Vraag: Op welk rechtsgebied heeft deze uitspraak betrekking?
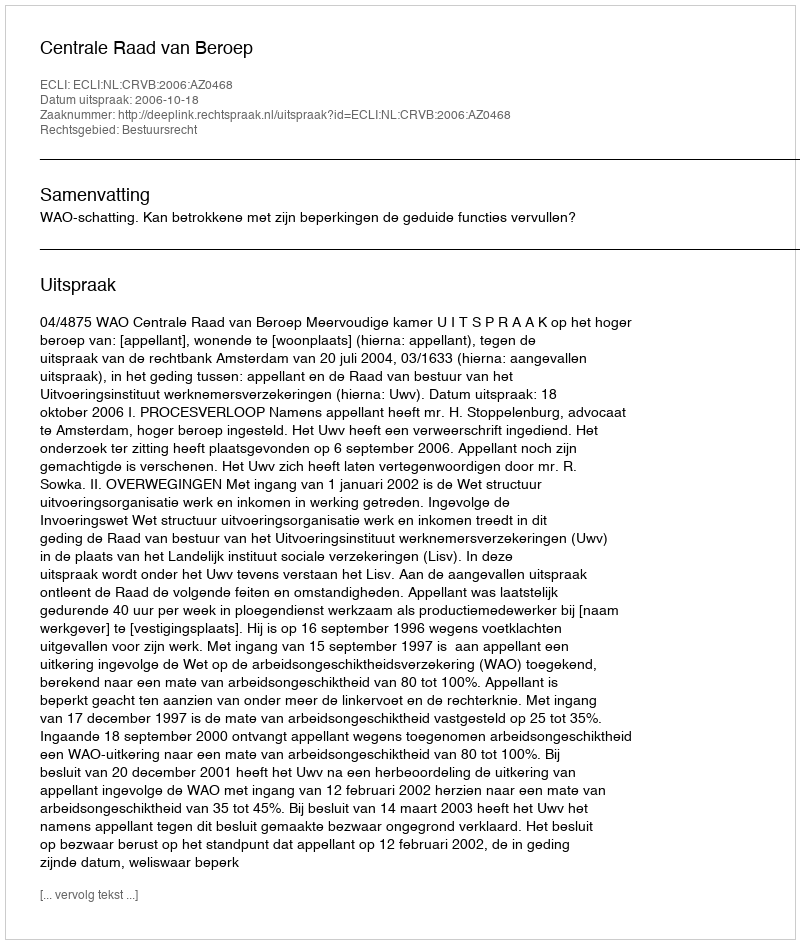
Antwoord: Bestuursrecht